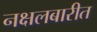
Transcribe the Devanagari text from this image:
नक्षलबारीत